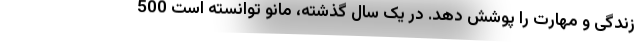
زندگی و مهارت را پوشش دهد. در یک سال گذشته، مانو توانسته است 500